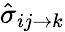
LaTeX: {\hat{\sigma}}_{ij\rightarrow k}